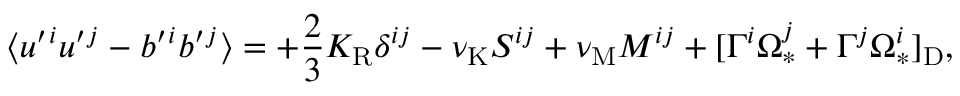
\langle { u ^ { \prime } { } ^ { i } u ^ { \prime } { } ^ { j } - b ^ { \prime } { } ^ { i } b ^ { \prime } { } ^ { j } } \rangle = + \frac { 2 } { 3 } K _ { \mathrm { { R } } } \delta ^ { i j } - \nu _ { \mathrm { { K } } } { \cal { S } } ^ { i j } + \nu _ { \mathrm { { M } } } { \cal { M } } ^ { i j } + [ \Gamma ^ { i } \Omega _ { \ast } ^ { j } + \Gamma ^ { j } \Omega _ { \ast } ^ { i } ] _ { \mathrm { { D } } } ,